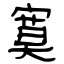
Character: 寞